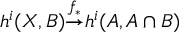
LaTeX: { } \quad h ^ { i } ( X , B ) { \overset { f _ { * } } { \to } } h ^ { i } ( A , A \cap B )